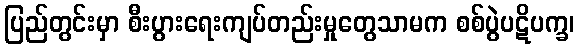
ပြည်တွင်းမှာ စီးပွားရေးကျပ်တည်းမှုတွေသာမက စစ်ပွဲပဋိပက္ခ၊